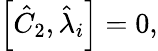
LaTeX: \begin{array}{r}{\left[\hat{C}_{2},\hat{\lambda}_{i}\right]=0,}\end{array}